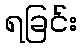
ရခြင်း